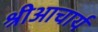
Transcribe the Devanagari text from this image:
श्रीआचार्य